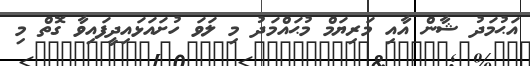
އަޙުމަދު ޝާން އާއި މަރިޔަމް މުޙައްމަދު މި ލަވަ ހުށައަޅައިދީފައިވާ ގޮތް މި